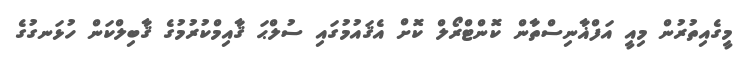
މީގެއިތުރުން މިއީ އަފްޣާނިސްތާން ކޮންޓްރޯލް ކޮށް އެޤައުމުގައި ސުލްޙަ ޤާއިމްކުރުމުގެ ޤާބިލްކަން ހުޅަނގުގެ